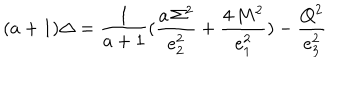
LaTeX: ( a + 1 ) \Delta = { \frac { 1 } { a + 1 } } ( { \frac { a \, \Sigma ^ { 2 } } { e _ { 2 } ^ { 2 } } } + { \frac { 4 \, M ^ { 2 } } { e _ { 1 } ^ { 2 } } } ) - { \frac { Q ^ { 2 } } { e _ { 3 } ^ { 2 } } }